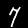
Digit: 7